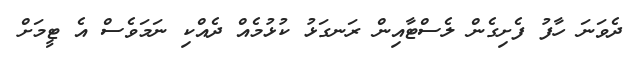
ދެވަނަ ހާފު ފެށިގެން ލެސްޓާއިން ރަނގަޅު ކުޅުމެއް ދެއްކި ނަމަވެސް އެ ޓީމަށް